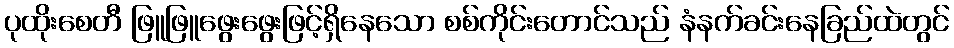
ပုထိုးစေတီ ဖြူဖြူဖွေးဖွေးဖြင့်ရှိနေသော စစ်ကိုင်းတောင်သည် နံနက်ခင်းနေခြည်ထဲတွင်